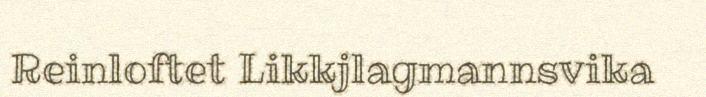
Reinloftet Likkjlagmannsvika